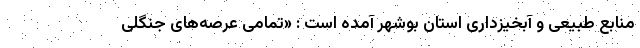
منابع طبیعی و آبخیزداری استان بوشهر آمده است : «تمامی عرصه‌های جنگلی